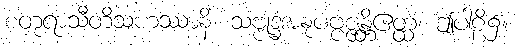
စတုရာသီတိသဟဿာနိ၊ သဗ္ဗုဒ္ဓံအနုပဗ္ဗဇ္ဇန္တိဧတ္ထ၊ ဤပါဠိ၌။